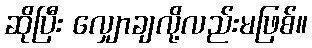
ဆိုပြီး လျှောချလို့လည်းမဖြစ်။